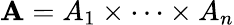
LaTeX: \mathbf{A}=A_{1}\times\cdots\times A_{n}